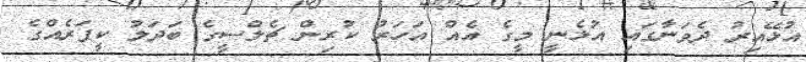
އުޅޭއިރު ދެވަނާގައި އުޅެނީ މީގެ އެއް އަހަރު ކުރިން ޗެލްސީގެ ބަދަލު ކީޕަރެއްގެ